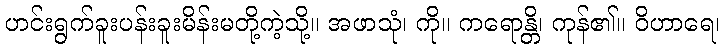
ဟင်းရွက်ခူးပန်းခူးမိန်းမတို့ကဲ့သို့။ အဖာသုံ၊ ကို။ ကရောန္တိ၊ ကုန်၏။ ဝိဟာရေ၊